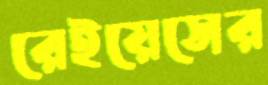
রেইয়েসের